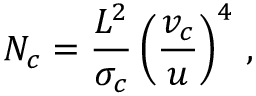
N _ { c } = \frac { L ^ { 2 } } { \sigma _ { c } } \left( \frac { v _ { c } } { u } \right) ^ { 4 } \, ,